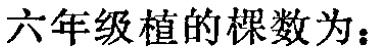
六年级植的棵数为：